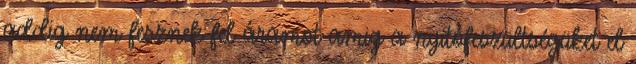
addig nem fesznek fel áramot amig a nyitófeszültségüket el